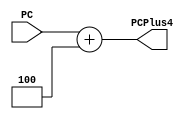
module consecutiveInstAddr
    #(parameter Width = 32)
(
    input  [Width-1:0] PC,
    output [Width-1:0] PCPlus4
);
    assign PCPlus4 = PC + 4;
endmodule